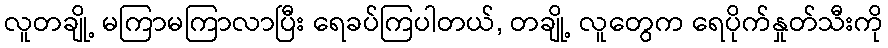
လူတချို့ မကြာမကြာလာပြီး ရေခပ်ကြပါတယ်, တချို့ လူတွေက ရေပိုက်နှုတ်သီးကို